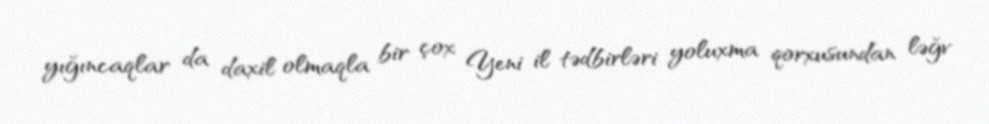
yığıncaqlar da daxil olmaqla bir çox Yeni il tədbirləri yoluxma qorxusundan ləğv